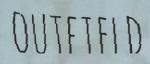
OUTFIELD